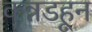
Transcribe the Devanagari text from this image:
कन्नडहून